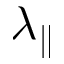
\lambda _ { \parallel }